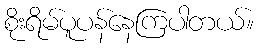
စိုးရိမ်ပူပန်နေကြပါတယ်။